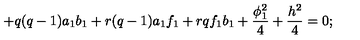
+ q ( q - 1 ) a _ { 1 } b _ { 1 } + r ( q - 1 ) a _ { 1 } f _ { 1 } + r q f _ { 1 } b _ { 1 } + \frac { \phi _ { 1 } ^ { 2 } } { 4 } + \frac { h ^ { 2 } } { 4 } = 0 ;